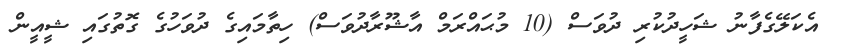
އެކަލޭގެފާނު ޝަހީދުކުރި ދުވަސް (10 މުޙައްރަމް އާޝޫރާދުވަސް) ހިތާމައިގެ ދުވަހުގެ ގޮތުގައި ޝީއީން